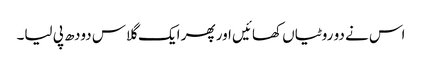
اس نے دو روٹیاں کھائیں اور پھر ایک گلاس دودھ پی لیا۔